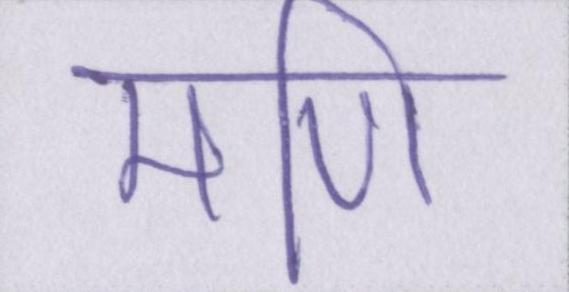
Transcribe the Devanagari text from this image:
मणि